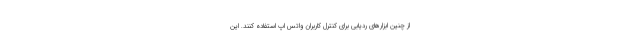
از چنین ابزارهای ردیابی برای کنترل کاربران واتس اپ استفاده کنند. این